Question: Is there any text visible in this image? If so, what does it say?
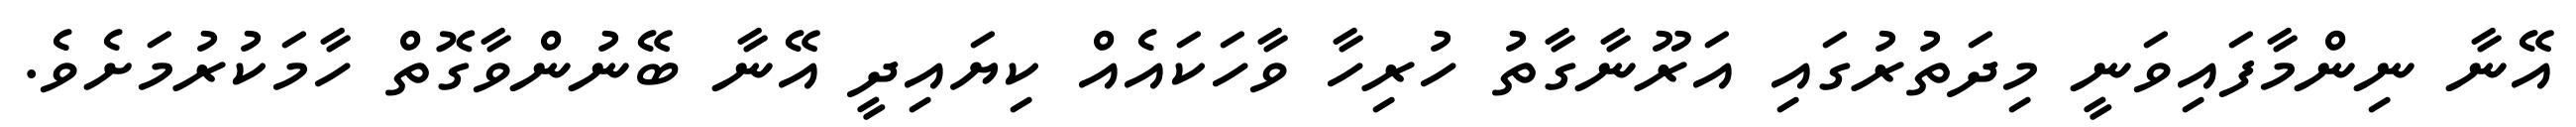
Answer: އޭނާ ނިންމާފައިވަނީ މިދަތުރުގައި އަރޫނާގާތު ހުރިހާ ވާހަކައެއް ކިޔައިދީ އޭނާ ބޭނުންވާގޮތް ހާމަކުރުމަށެވެ.